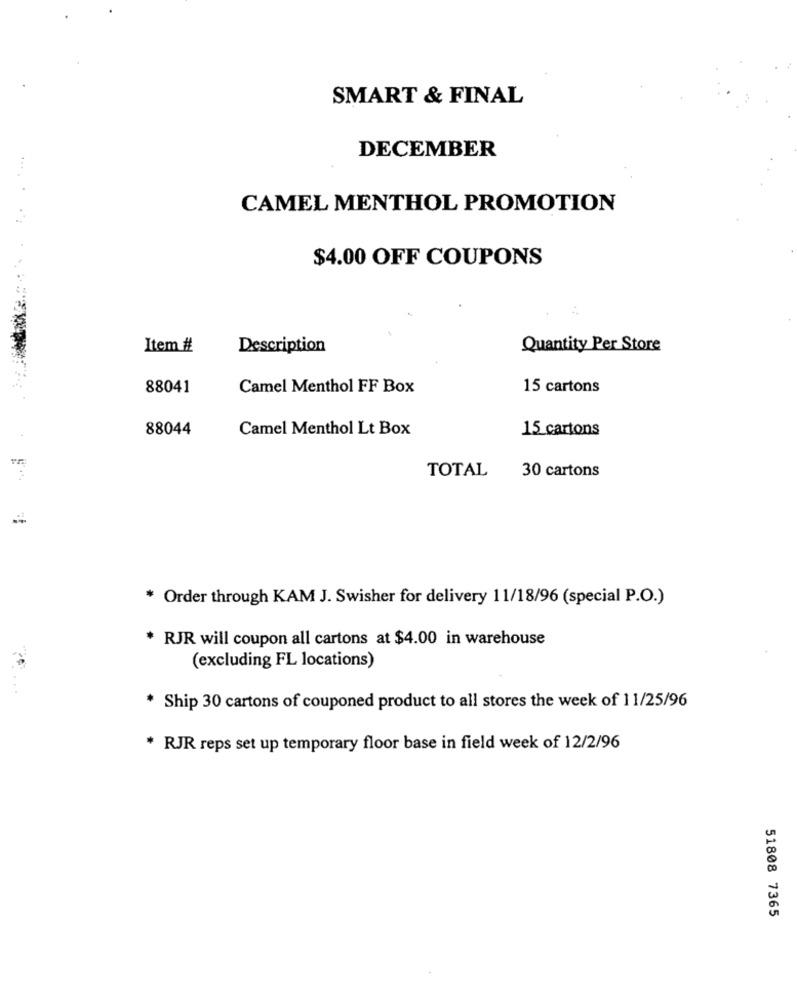
SMART & FINAL
DECEMBER
CAMEL MENTHOL PROMOTION
$4.00 OFF COUPONS
Item #
Description
Quantity Per Store
88041
Camel Menthol FF Box
15 cartons
88044
Camel Menthol Lt Box
15 cartons
TOTAL
30 cartons
* Order through KAM J. Swisher for delivery 11/18/96 (special P.O.)
RJR will coupon all cartons at $4.00 in warehouse
(excluding FL locations)
* Ship 30 cartons of couponed product to all stores the week of 11/25/96
* RJR reps set up temporary floor base in field week of 12/2/96
51808 7365